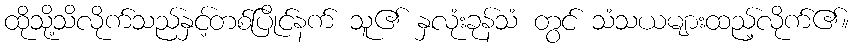
ထိုသို့သိလိုက်သည်နှင့်တစ်ပြိုင်နက် သူ၏ နှလုံးခုန်သံ တွင် သံသယများထည့်လိုက်၏။